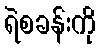
ရဲစခန်းကို